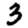
Digit: 3